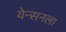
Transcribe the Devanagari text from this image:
येन्सनला